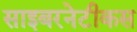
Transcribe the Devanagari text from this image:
साइबरनेटीकस